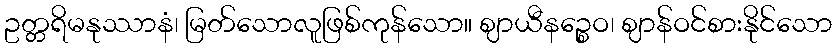
ဥတ္တရိမနုဿာနံ၊ မြတ်သောလူဖြစ်ကုန်သော။ ဈာယီနဉ္စေဝ၊ ဈာန်ဝင်စားနိုင်သော